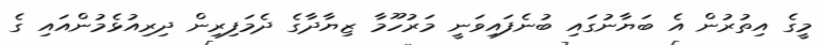
މީގެ އިތުރުން އެ ބަޔާނުގައި ބުނެފައިވަނީ މަރުހޫމާ ޒިޔާދާގެ ދެމަފިރިން ދިރިއުޅެމުންއައި ގެ